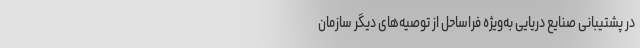
در پشتیبانی صنایع دریایی به‌ویژه فراساحل از توصیه‌های دیگر سازمان